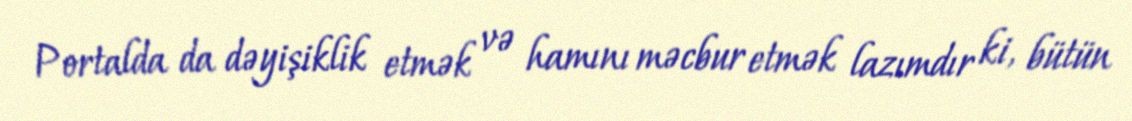
Portalda da dəyişiklik etmək və hamını məcbur etmək lazımdır ki, bütün